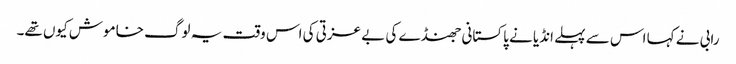
رابی نے کہا اس سے پہلے انڈیا نے پاکستانی جھنڈے کی بے عزتی کی اس وقت یہ لوگ خاموش کیوں تھے۔